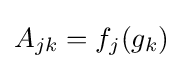
A_{jk}=f_{j}(g_{k})